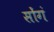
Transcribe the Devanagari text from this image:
सोंगं